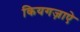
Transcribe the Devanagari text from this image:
कियगज़ाएे